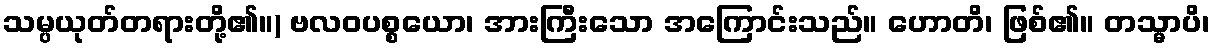
သမ္ပယုတ်တရားတို့၏။) ဗလဝပစ္စယော၊ အားကြီးသော အကြောင်းသည်။ ဟောတိ၊ ဖြစ်၏။ တသ္မာပိ၊